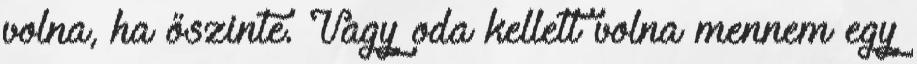
volna, ha őszinte. Vagy oda kellett volna mennem egy